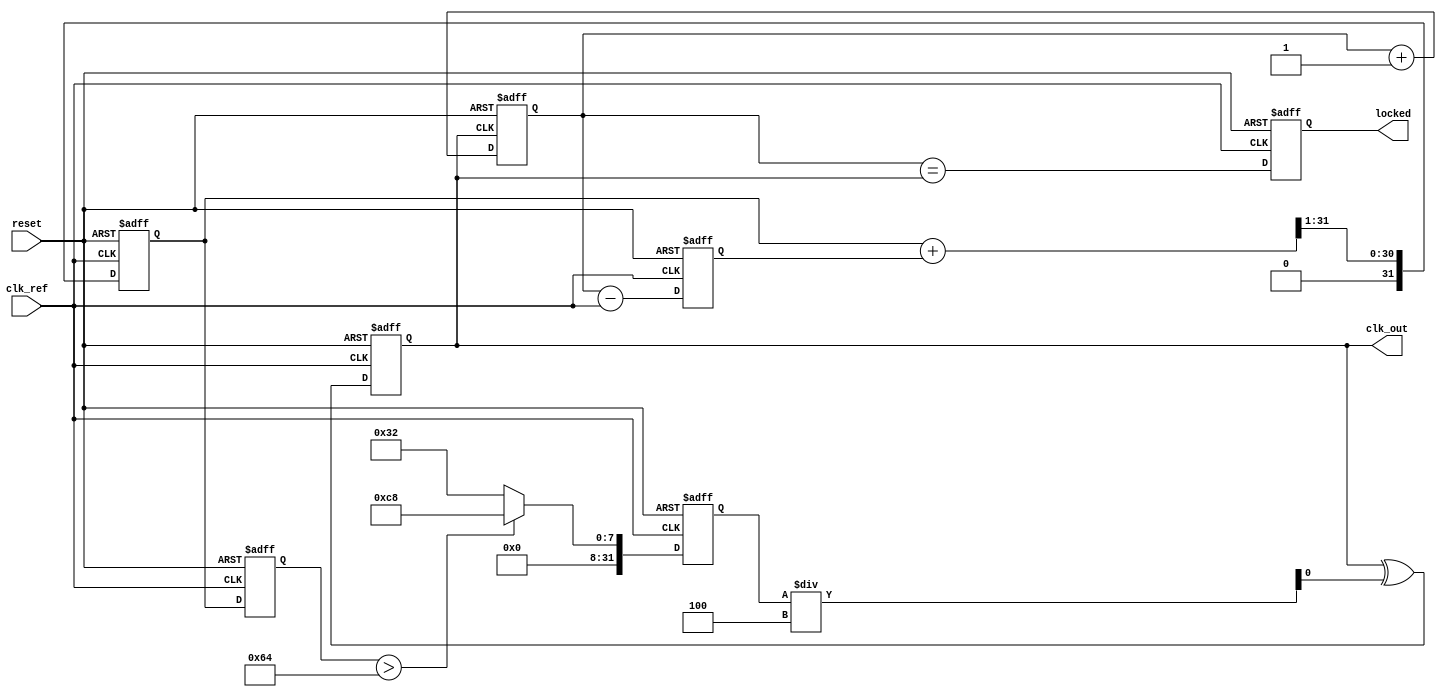
module low_jitter_pll (
    input wire clk_ref,        // Reference clock input
    input wire reset,          // Asynchronous reset
    output reg clk_out,        // Output clock signal
    output reg locked          // Lock indication
);

    // Parameters
    parameter DIV_FACTOR = 4;  // Frequency divider factor
    parameter VCO_MAX_FREQ = 200; // Maximum VCO frequency in MHz
    parameter VCO_MIN_FREQ = 50;  // Minimum VCO frequency in MHz
    
    // Internal signals
    reg [31:0] phase_error;        // Phase error signal
    reg [31:0] control_voltage;     // Control voltage from LPF
    reg [31:0] vco_frequency;       // Current VCO frequency
    reg [31:0] feedback;            // Feedback signal from divider
    reg [31:0] lp_filter;           // Low-pass filter output
    
    // Phase Detector (PD)
    always @(posedge clk_ref or posedge reset) begin
        if (reset) begin
            phase_error <= 32'd0;
        end else begin
            // Simple phase error calculation (for demonstration)
            phase_error <= feedback - clk_ref; // Replace with actual phase comparison logic
        end
    end

    // Low-Pass Filter (LPF)
    always @(posedge clk_ref or posedge reset) begin
        if (reset) begin
            lp_filter <= 32'd0;
            control_voltage <= 32'd0;
        end else begin
            // Simple LPF implementation (RC filter)
            lp_filter <= (lp_filter + phase_error) >> 1; // Smoothing the phase error
            control_voltage <= lp_filter; // Control voltage for VCO
        end
    end

    // Voltage-Controlled Oscillator (VCO)
    always @(posedge clk_ref or posedge reset) begin
        if (reset) begin
            vco_frequency <= VCO_MIN_FREQ; // Start at minimum frequency
            clk_out <= 0;
            locked <= 0;
        end else begin
            // Simple VCO frequency control
            if (control_voltage > 32'd100) begin // Arbitrary threshold for demonstration
                vco_frequency <= VCO_MAX_FREQ;
            end else begin
                vco_frequency <= VCO_MIN_FREQ;
            end
            
            // Generate output clock based on VCO frequency
            clk_out <= (clk_out ^ (vco_frequency/DIV_FACTOR)); // Toggle based on frequency
            locked <= (feedback == clk_out); // Check if locked
        end
    end

    // Frequency Divider
    always @(posedge clk_out or posedge reset) begin
        if (reset) begin
            feedback <= 32'd0;
        end else begin
            feedback <= feedback + 1; // Simple counter for feedback
        end
    end

endmodule